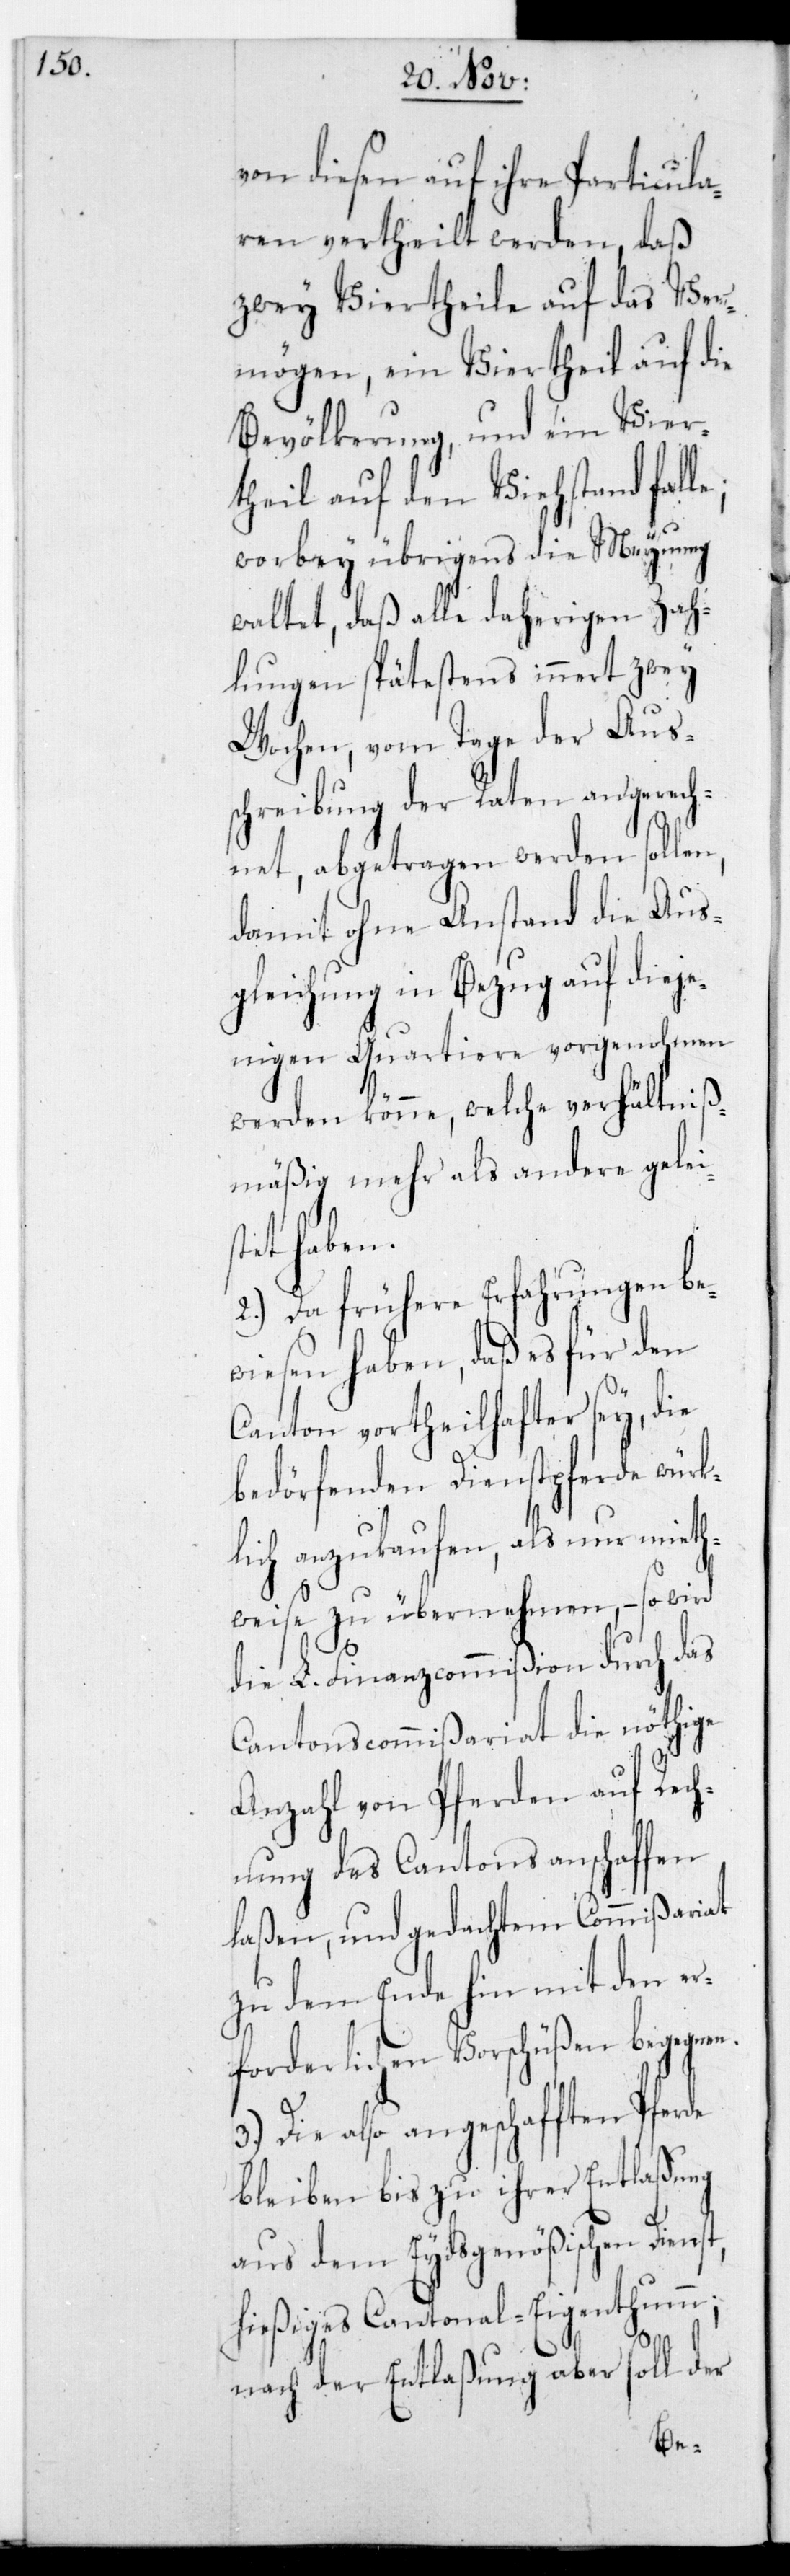
von diesen auf ihre Particula¬
ren vertheilt werden, daß
zwey Viertheile auf das Ver¬
mögen, ein Viertheil auf die
Bevölkerung und ein Vier¬
theil auf den Viehstand falle;
s¬
worbey übrigens die Meynung
waltet, daß alle daherigen Zah¬
lungen spätestens innert zwey
Wochen, vom Tage der Aus¬
schreibung der Raten an gerech¬
net, abgetragen werden sollen,
damit ohne Anstand die Aus¬
gleichung in Bezug auf dieje¬
nigen Quartiere vorgenohmen
werden könne, welche verhältniß¬
mäßig mehr als andere gelei¬
tet haben.
2.) Da frühere Erfahrungen be¬
wiesen haben, daß es für den
Canton vortheilhafter sey, die
bedörfenden Dienstpferde würk¬
lich anzukaufen, als nur mieth¬
weise zu übernehmen, – so wird
die L. Finanzcommißion durch das
Cantonscommißariat die nöthige
Anzahl von Pferden auf Rech¬
nung des Cantons anschaffen
laßen, und gedachtem Commißariat
zu dem Ende hin mit den er¬
forderlichen Vorschüßen begegnen.
3.) Die also angeschafften Pferde
bleiben bis zu ihrer Entlaßung
aus dem Eydsgenößischen Dienst
hießiges Cantonal-Eigenthum;
nach der Entlaßung aber soll der